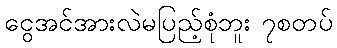
ငွေအင်အားလဲမပြည့်စုံဘူး ၇စတပ်